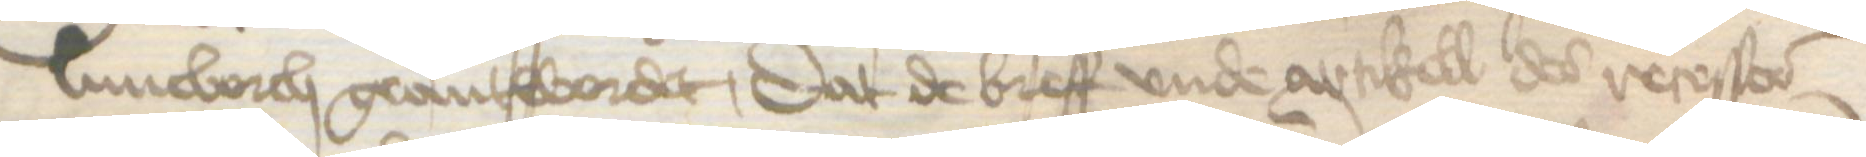
Luneborch geantwordet, dat de breff vnde artikell des resesses